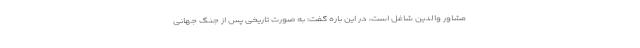
مشاور والدین شاغل است، در این باره گفت: به صورت تاریخی پس از جنگ جهانی